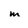
Character: m